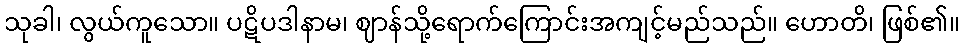
သုခါ၊ လွယ်ကူသော။ ပဋိပဒါနာမ၊ ဈာန်သို့ရောက်ကြောင်းအကျင့်မည်သည်။ ဟောတိ၊ ဖြစ်၏။